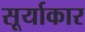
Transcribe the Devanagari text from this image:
सूर्याकार